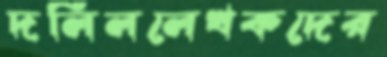
দলিললেখকদের